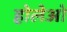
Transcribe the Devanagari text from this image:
होलेओ